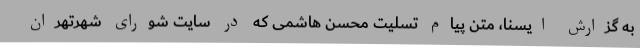
به گزارش ایسنا، متن پیام تسلیت محسن هاشمی که در سایت شورای شهرتهران